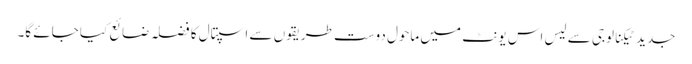
جدید ٹیکنالوجی سے لیس اس یونٹ میں ماحول دوست طریقوں سے اسپتال کا فضلہ ضائع کیا جائے گا۔